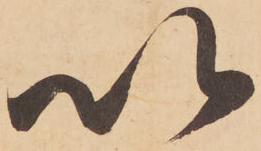
以